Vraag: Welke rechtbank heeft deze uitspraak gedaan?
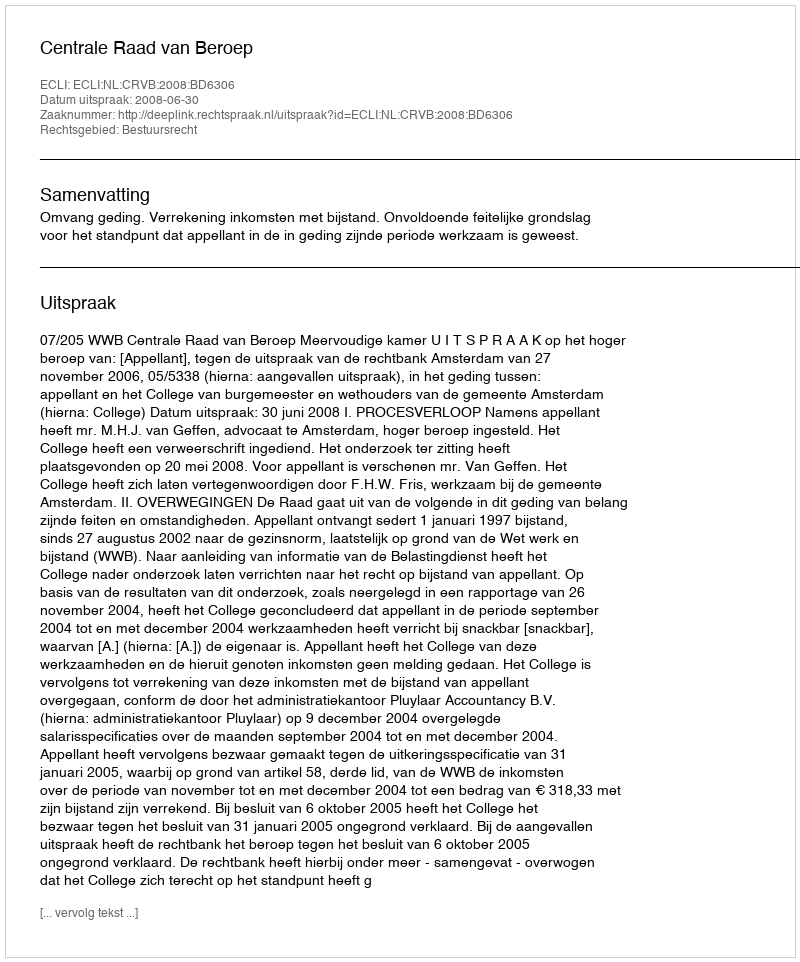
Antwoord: Centrale Raad van Beroep